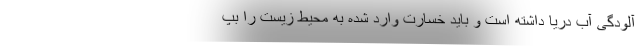
آلودگی آب دریا داشته است و باید خسارت وارد شده به محیط زیست را بپ